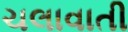
ચલાવાતી